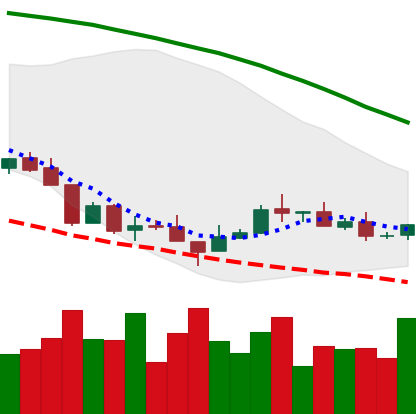
Ticker: XMR-USD
Chart end date: 2018-08-24
Forward return: 10.444%
Label: up_7plus